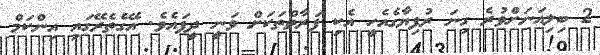
2 ބިލިއަނަށްވުރެ ގިނަ ރުފިޔާގެއެހީ އެކި ފަރާތްތަކަށް ވަނީ ދީފައެވެ. އޭގެތެރޭގައި އިންކަމް